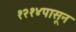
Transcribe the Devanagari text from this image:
१२१४पासून